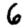
Digit: 6